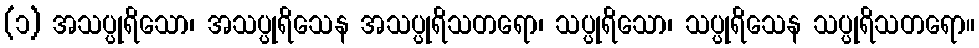
(၁) အသပ္ပုရိသော၊ အသပ္ပုရိသေန အသပ္ပုရိသတရော၊ သပ္ပုရိသော၊ သပ္ပုရိသေန သပ္ပုရိသတရော။